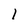
Character: 1